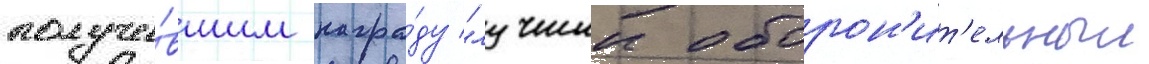
получи́вшим награ́ду "лучшии оборон'ит'ельныи